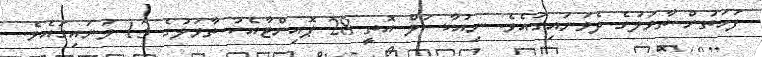
ފަހަތުން ތާވަލުގެ ދެވަނައިގައެވެ. ނިއުކާސަލް އޮތީ 28 ޕޮއިންޓާއެކު ތާވަލުގެ 13 ވަނައިގައެވެ.